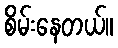
စိမ်းနေတယ်။